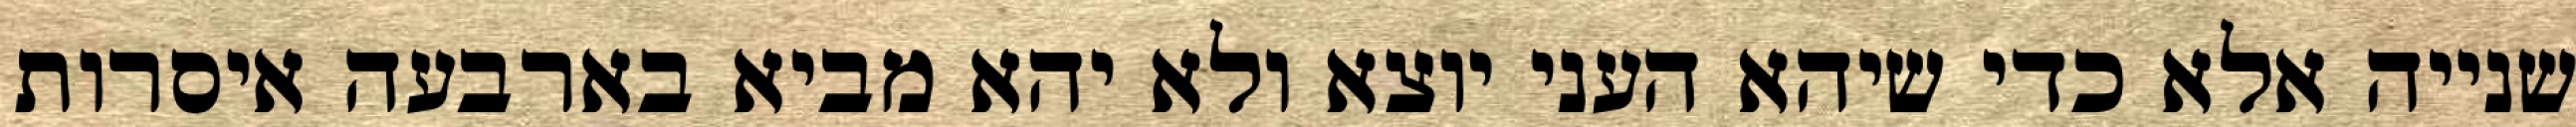
שנייה אלא כדי שיהא העני יוצא ולא יהא מביא בארבעה איסרות